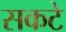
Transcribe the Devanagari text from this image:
सकटे